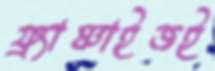
ফ্র্যাঞ্চাইজই